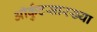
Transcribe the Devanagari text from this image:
ऑर्कुटसारख्या